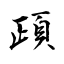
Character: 頙